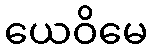
ယေဝိမေ